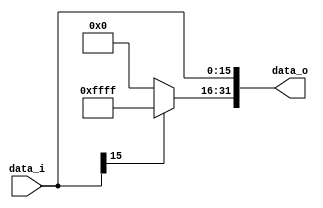
//Subject:     CO project 2 - Sign extend
//--------------------------------------------------------------------------------
//Version:     1
//--------------------------------------------------------------------------------
//Writer:      
//----------------------------------------------
//Date:        
//----------------------------------------------
//Description: 
//--------------------------------------------------------------------------------
`timescale 1ns/1ps
module Sign_Extend(
    data_i,
    data_o
    );
               
//I/O ports
input   [16-1:0] data_i;
output  [32-1:0] data_o;

//Internal Signals
wire     [32-1:0] data_o;

//Sign extended
assign data_o[15:0] = data_i; 
assign data_o[31:16] = (data_i[15] == 1'b1)? 16'b1111111111111111:16'b0;
          
endmodule